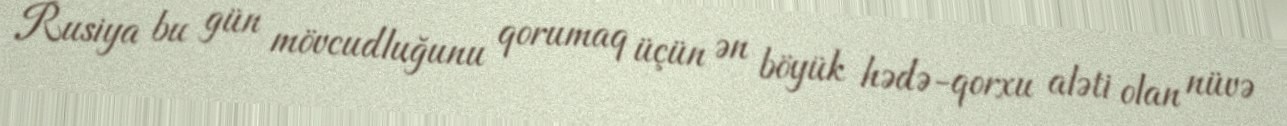
Rusiya bu gün mövcudluğunu qorumaq üçün ən böyük hədə-qorxu aləti olan nüvə